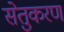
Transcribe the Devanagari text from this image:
सेतुकरण